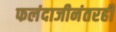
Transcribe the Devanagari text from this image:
फलंदाजीनंतरही